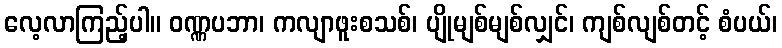
လေ့လာကြည့်ပါ။ ဝဏ္ဏပဘာ၊ ကလျာဖူးစသစ်၊ ပျိုမျစ်မျစ်လျှင်၊ ကျစ်လျစ်တင့် စံပယ်၊